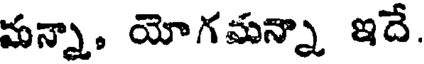
మన్నా, యోగమన్నా ఇదే.